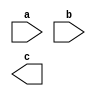
module module_with_wires
(
	// input ports
	input a,
	input b,
	// output ports
	output c
);
// module content
wire wire0;
wire bus0;
wire [7:0] fixed0 = 8'hff;
wire [7:0] fixed1;

assign fixed1 = 8'hcc;

endmodule